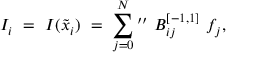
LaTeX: I _ { i } \ = \ I ( \tilde { x } _ { i } ) \ = \ \sum _ { j = 0 } ^ { N } \mathrm { { } ^ { \prime \prime } } \ B _ { i j } ^ { [ - 1 , 1 ] } \ f _ { j } ,